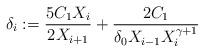
LaTeX: \begin{align*} \delta_i := \frac{5C_1X_i}{2X_{i+1}} + \frac{2C_1}{\delta_0 X_{i-1}X_i^{\gamma+1}} \end{align*}